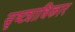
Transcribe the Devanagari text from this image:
सृष्ट्याधिकार